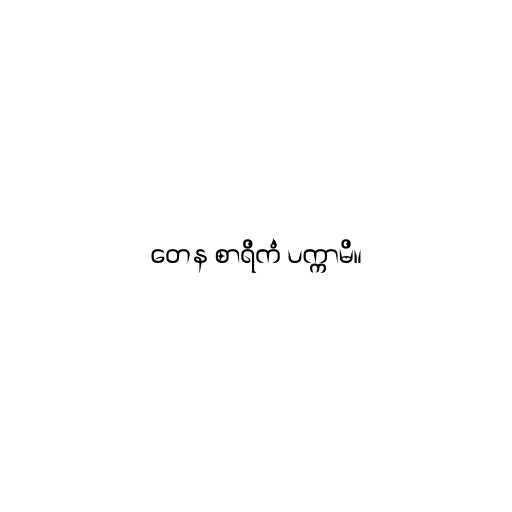
တေန စာရိကံ ပက္ကာမိ။